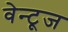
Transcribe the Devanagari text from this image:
वेन्टूज